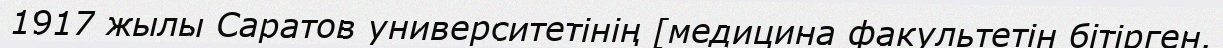
1917 жылы Саратов университетінің [медицина факультетін бітірген.